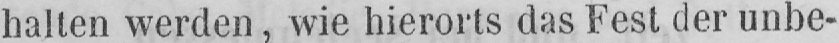
halten werden, wie hierorts das Fest der unbe-